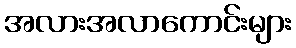
အလားအလာကောင်းများ